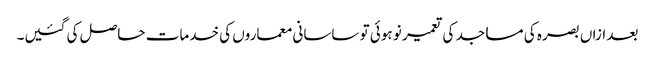
بعد ازاں بصرہ کی مساجد کی تعمیر نو ہوئی تو ساسانی معماروں کی خدمات حاصل کی گئیں۔